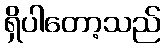
ရှိပါတော့သည်